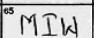
Transcription: MIW